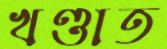
খণ্ডাত